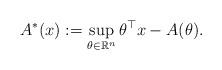
LaTeX: \begin{align*} A^*(x) := \sup_{\theta \in \mathbb{R}^n} \theta^\top x - A(\theta).\end{align*}